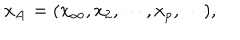
LaTeX: x _ { { \bf A } } = ( x _ { \infty } , x _ { 2 } , \cdots , x _ { p } , \cdots ) ,